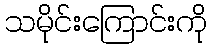
သမိုင်းကြောင်းကို